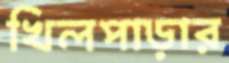
খিলপাড়ার